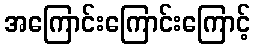
အကြောင်းကြောင်းကြောင့်